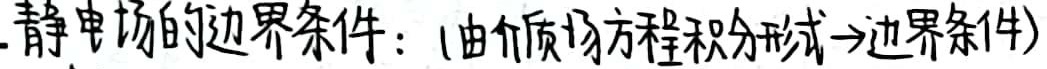
.静电场的边界条件：(由介质场方程积分形式→边界条件)